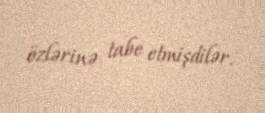
özlərinə tabe etmişdilər.